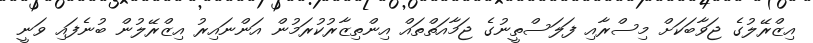
އިޒްރޭލުގެ ޖަވާބަކަށް މިސްރާއި ފަލަސްތީނުގެ ޖަމާއަތްތައް އިންތިޒާރުކުރަމުން އަންނައިރު އިޒްރޭލުން ބުނެފައި ވަނީ